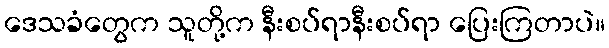
ဒေသခံတွေက သူတို့က နီးစပ်ရာနီးစပ်ရာ ပြေးကြတာပဲ။